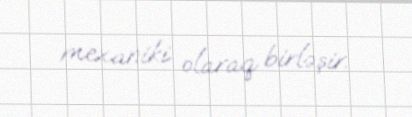
mexaniki olaraq birləşir.